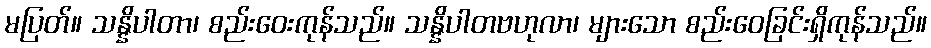
မပြတ်။ သန္နိပါတာ၊ စည်းဝေးကုန်သည်။ သန္နိပါတဗဟုလာ၊ များသော စည်းဝေခြင်းရှိကုန်သည်။